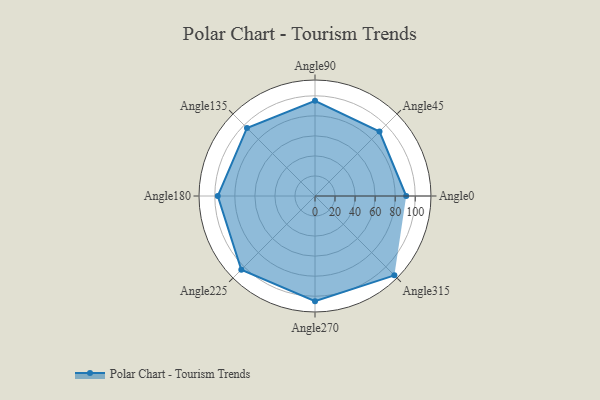
{"axis": {"x": "Angle", "y": "Radius"}, "legend": [""], "data": [{"x": "Angle0", "y": 91.0, "type": ""}, {"x": "Angle45", "y": 91.0, "type": ""}, {"x": "Angle90", "y": 95.0, "type": ""}, {"x": "Angle135", "y": 96.0, "type": ""}, {"x": "Angle180", "y": 97.0, "type": ""}, {"x": "Angle225", "y": 104.0, "type": ""}, {"x": "Angle270", "y": 105.0, "type": ""}, {"x": "Angle315", "y": 112.0, "type": ""}]}